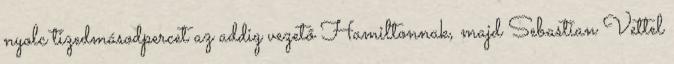
nyolc tizedmásodpercet az addig vezető Hamiltonnak, majd Sebastian Vettel